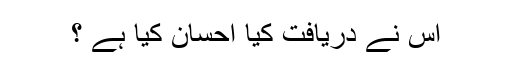
اس نے دریافت کیا احسان کیا ہے ؟